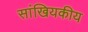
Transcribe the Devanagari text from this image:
सांखियकीय